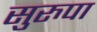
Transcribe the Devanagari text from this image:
सुरुपा